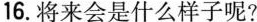
16.将来会是什么样子呢?